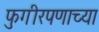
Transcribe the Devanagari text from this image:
फुगीरपणाच्या